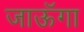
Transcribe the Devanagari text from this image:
जाऊॅगा